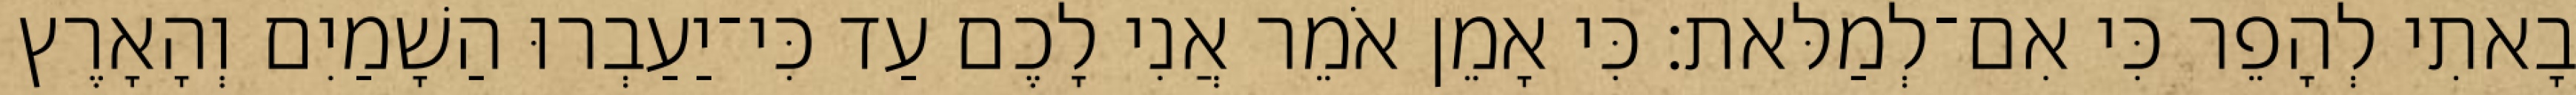
בָאתִי לְהָפֵר כִּי אִם־לְמַלּאת׃ כִּי אָמֵן אֹמֵר אֲנִי לָכֶם עַד כִּי־יַעַבְרוּ הַשָׁמַיִם וְהָאָרֶץ